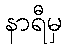
နာရီမှ